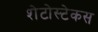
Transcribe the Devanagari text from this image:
शेटोस्टेकस